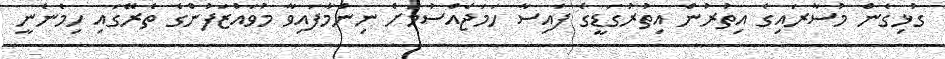
ގުޅިގެން މުސާރައިގެ އިތުރުން އިތުރުގަޑީގެ ފައިސާ ހަމަޖެއްސުމަށް ނިންމާފައިވާ މުވައްޒަފުންގެ ތެރޭގައި ހިމެނެނީ